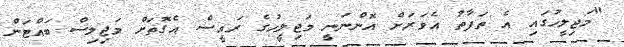
"މަޖިލީހުގައި އެ ތަފާތު އެވަރަށް އޮންނަނީ މަޖިލީހުގެ ރައީސް އެގޮތަށް މަޖިލިސް ބައްޓަން